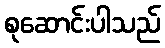
စုဆောင်းပါသည်